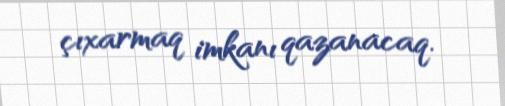
çıxarmaq imkanı qazanacaq.